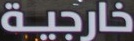
خارجیة